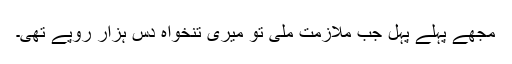
مجھے پہلے پہل جب ملازمت ملی تو میری تنخواہ دس ہزار روپے تھی۔